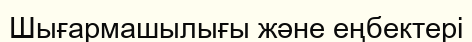
Шығармашылығы және еңбектері